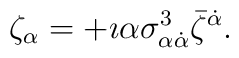
\zeta_{\alpha} = + \imath \alpha \sigma_{\alpha\dot{\alpha}}^3 \bar{\zeta}^{\dot{\alpha}}.